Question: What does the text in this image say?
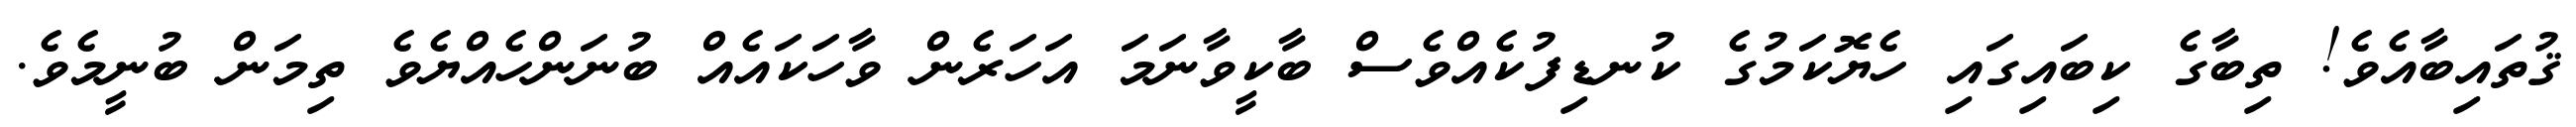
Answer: ޤުތައިބާއެވެ! ތިބާގެ ކިބައިގައި ހެޔޮކަމުގެ ކުނޑިފުކެއްވެސް ބާކީވާނަމަ އަހަރެން ވާހަކައެއް ބުނަންހެއްޔެވެ ތިމަން ބުނީމެވެ.